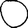
Digit: 0